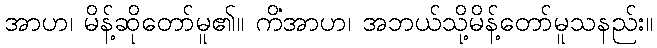
အာဟ၊ မိန့်ဆိုတော်မူ၏။ ကိံအာဟ၊ အဘယ်သို့မိန့်တော်မူသနည်း။